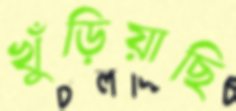
খুঁড়িয়াছি